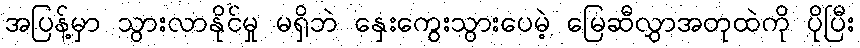
အပြန့်မှာ သွားလာနိုင်မှု မရှိဘဲ နှေးကွေးသွားပေမဲ့ မြေဆီလွှာအတုထဲကို ပိုပြီး